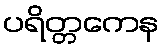
ပရိတ္တကေန